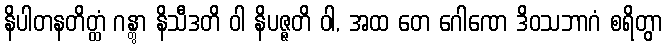
နိပါတနတိတ္ထံ ဂန္တွာ နိသီဒတိ ဝါ နိပဇ္ဇတိ ဝါ, အထ တေ ဂေါဏေ ဒိဝသဘာဂံ စရိတွာ